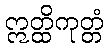
ဣတ္ထိကုတ္တံ